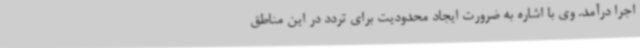
اجرا درآمد. وی با اشاره به ضرورت ایجاد محدودیت برای تردد در این مناطق